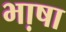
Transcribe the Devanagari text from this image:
भा़षा